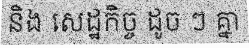
និង សេដ្ឋកិច្ច ដូច ៗ គ្នា